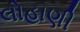
લોહાણી